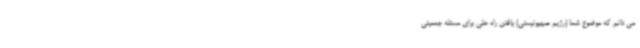
می دانم که موضوع شما (رژیم صهیونیستی) یافتن راه حلی برای مسئله جمعیتی